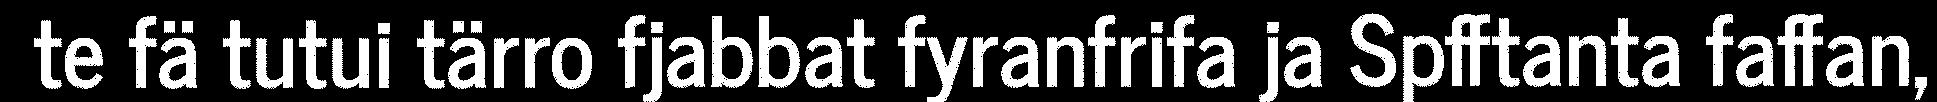
te fä tutui tärro fjabbat fyranfrifa ja Spfftanta faffan,